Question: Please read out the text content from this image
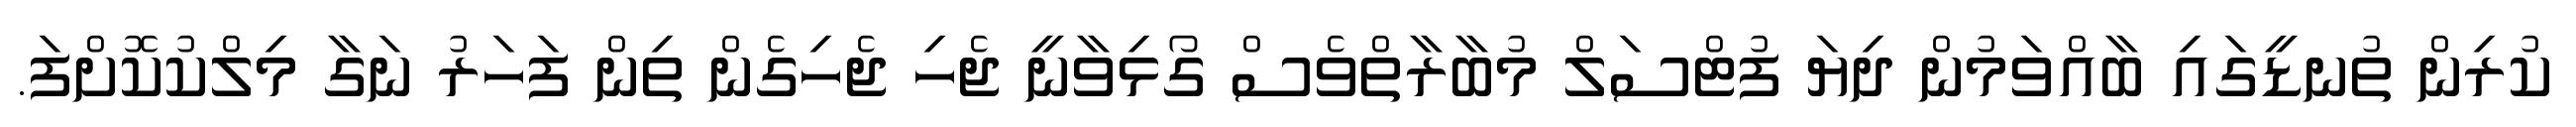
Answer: ކުރިން ތުނޑީގައި ބާއްވަމުން ދިޔަ ފުޓްސަލް މުބާރާތްވެސް ގޯޅިވާނީ ޖެހި ޖެހިގެން ތިން ފަހަރު ނަގާ މިލްކުކޮށްފަ.